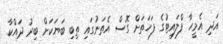
އަދި އެމީހާ ފްލައިޓުގެ ފަހަތަށް ގޮސް އެތަނުގައި ތިބި ބަޔަކަށް ބިރު ދައްކާ